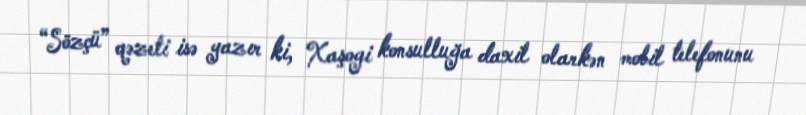
“Sözçü” qəzeti isə yazır ki, Xaşogi konsulluğa daxil olarkən mobil telefonunu